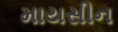
માયસીન